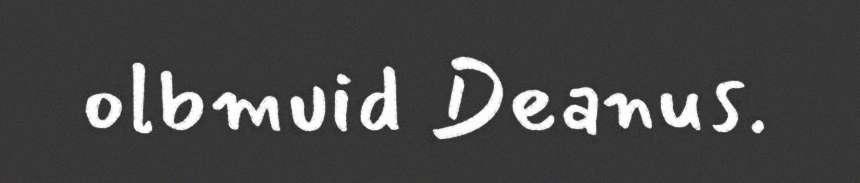
olbmuid Deanus.